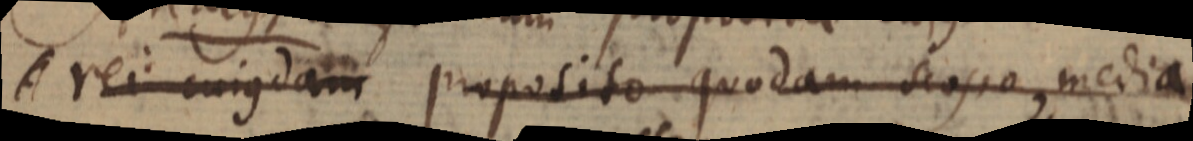
A rei cujusdam proposito quodam scopo, media